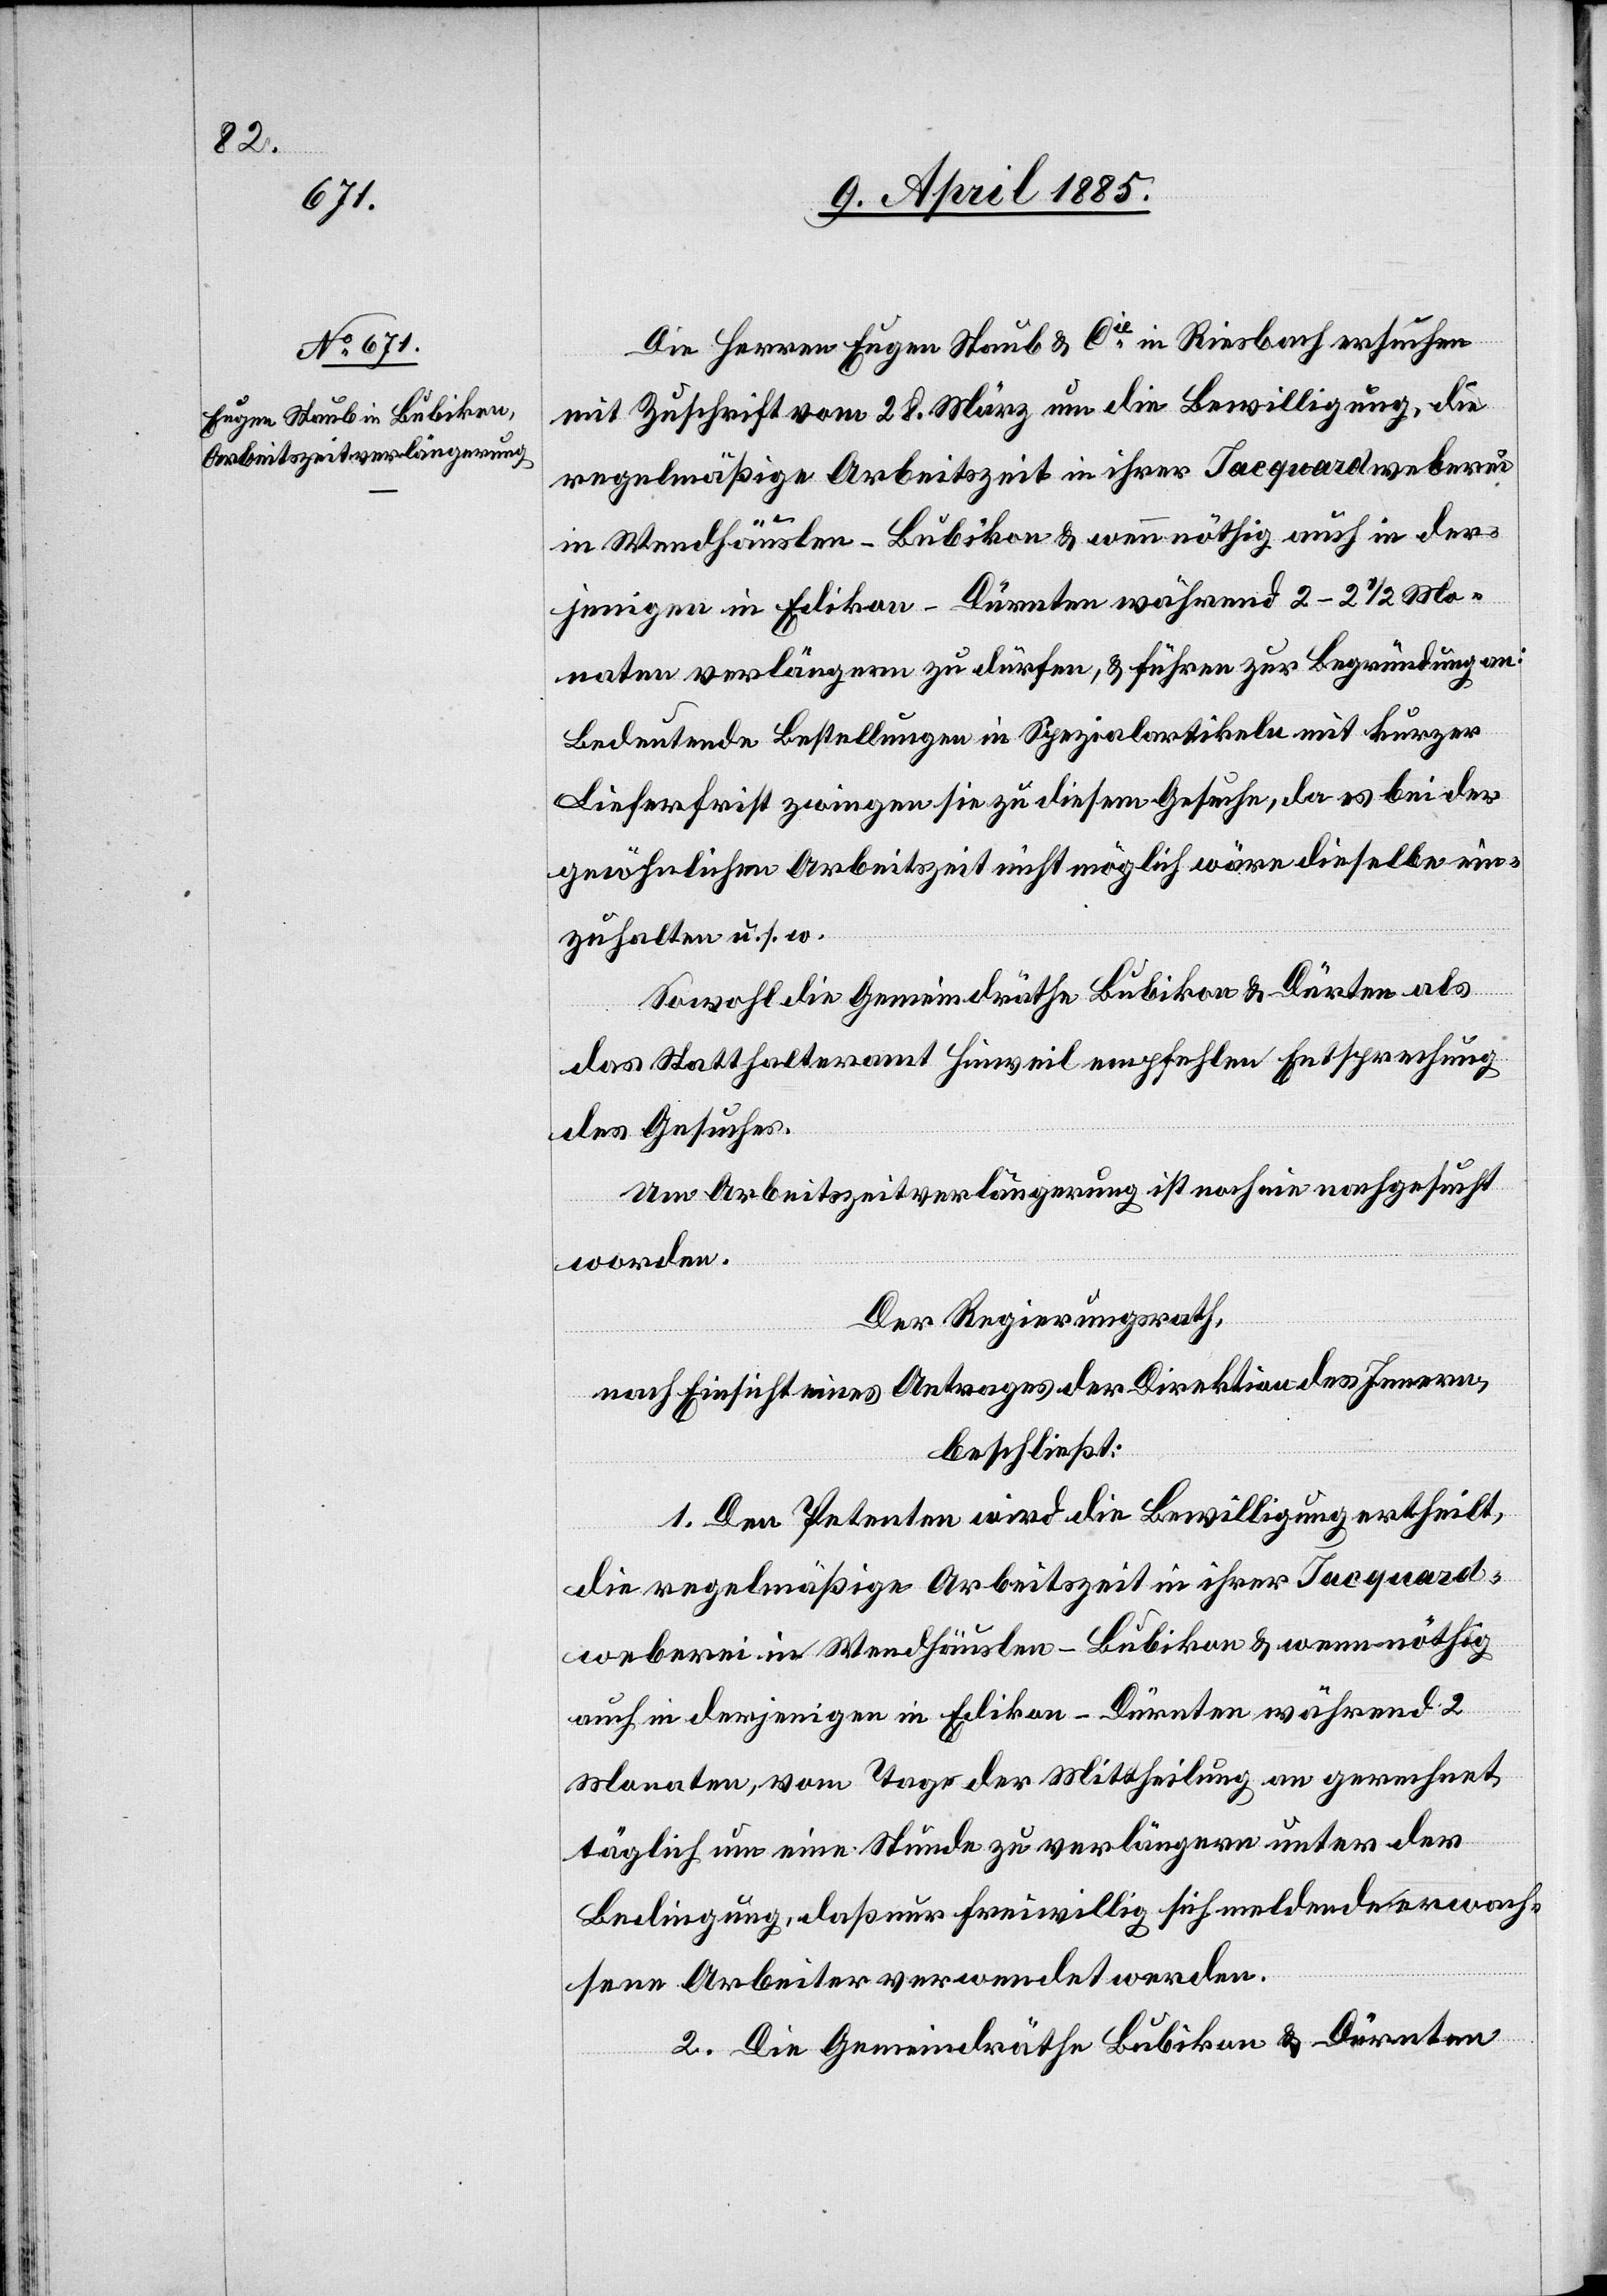
Die Herren Eugen Staub & Cie in Riesbach ersuchen
mit Zuschrift vom 28. März um die Bewilligung, die
regelmäßige Arbeitszeit in ihrer Jacquardweberei
in Wendhäuslen - Bubikon & wenn nöthig auch in der¬
jenigen in Edikon - Dürnten während 2–2 1/2 St¬
unden verlängern zu dürfen, & führen zur Begründung an:
Bedeutende Bestellungen in Spezialartikeln mit kurzer
Lieferfrist zwingen sie zu diesem Gesuche, da es bei der
gewöhnlichen Arbeitszeit nicht möglich wäre dieselbe ein¬
zuhalten u. s. w.
Sowohl die Gemeindrähte Bubikon & Dürnten als
das Statthalteramt Hinweil empfehlen Entsprechung
des Gesuches.
Um Arbeitszeitverlängerung ist noch nie nachgesucht
worden.
Der Regierungsrath,
nach Einsicht eines Antrages der Direktion des Innern,
beschließt:
1. Den Petenten wird die Bewilligung ertheilt,
die regelmäßige Arbeitszeit in ihrer Jacquard¬
weberei in Wendhäuslen - Bubikon & wenn nöthig
auch in derjenigen in Edikon - Dürnten während 2
Monaten, vom Tage der Mittheilung an gerechnet,
täglich um eine Stunde zu verlängern unter der
Bedingung, daß nur freiwillig sich meldende erwach¬
sene Arbeiter verwendet werden.
2. Die Gemeindräthe Bubikon & Dürnten